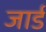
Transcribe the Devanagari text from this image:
जार्ड